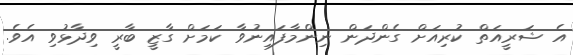
އެ ޝަރީއަތް ކުރިއަށް ގެންދަން ނިންމާފައިނުވާ ކަމަށް ގާޒީ ބާރީ ވިދާޅުވި އެވެ.